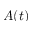
A ( t )